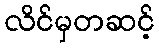
လိင်မှတဆင့်